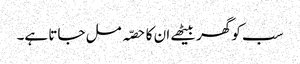
سب کو گھر بیٹھے ان کا حصّہ مل جاتا ہے۔